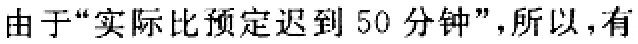
由于“实际比预定迟到 50 分钟”，所以，有